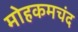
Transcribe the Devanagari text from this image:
मोहकमचंद